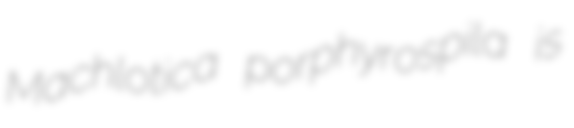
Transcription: Machlotica porphyrospila is